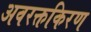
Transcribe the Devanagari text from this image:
अवरक्तकिरण